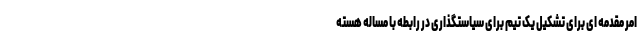
امر مقدمه ای برای تشکیل یک تیم برای سیاستگذاری در رابطه با مساله هسته